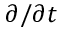
\partial / \partial t